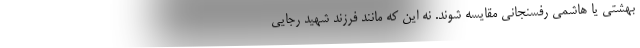
بهشتی یا هاشمی رفسنجانی مقایسه شوند. نه این که مانند فرزند شهید رجایی